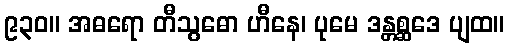
၉၃၀။ အဓရော တီသွဓော ဟီနေ၊ ပုမေ ဒန္တစ္ဆဒေ ပျထ။